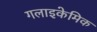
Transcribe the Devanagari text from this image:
गलाइकेमिक